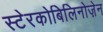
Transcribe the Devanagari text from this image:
स्टेरकोबिलिनोज़ेन